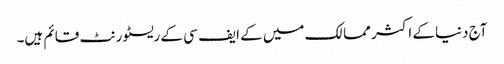
آج دنیاکے اکثر ممالک میں کے ایف سی کے ریسٹورنٹ قائم ہیں۔